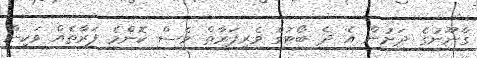
ގާނޫނުގެ ދަށުން އެ ދެ ބޯޓުގެ ވެރިފަރާތް ވެސް ކޮންމެ ފަރާތެއް ވަކިން